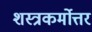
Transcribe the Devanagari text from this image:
शस्त्रकर्मोत्तर